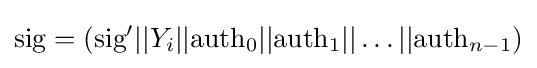
{\text{sig}}=({\text{sig}}'||Y_{i}||{\text{auth}}_{0}||{\text{auth}}_{1}||\ldots ||{\text{auth}}_{n-1})